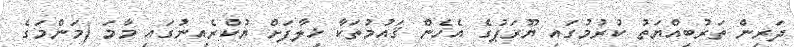
ދަރިން ތަރުބިއްޔަތު ކުރުމުގައި ޔޫރަޕުގެ އެހެން ޤައުމުތަކާ ޚިލާފަށް ޔުކްރެއިނުގައި މާމަ (މަންމަގެ